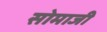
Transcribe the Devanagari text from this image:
सोमाजी